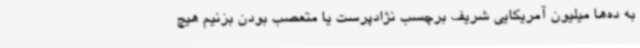
به ده‌ها میلیون آمریکایی شریف برچسب نژادپرست یا متعصب بودن بزنیم هیچ